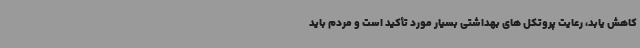
کاهش یابد، رعایت پروتکل های بهداشتی بسیار مورد تأکید است و مردم باید